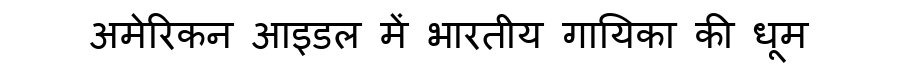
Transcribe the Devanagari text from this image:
अमेरिकन आइडल में भारतीय गायिका की धूम